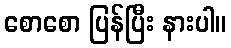
စောစော ပြန်ပြီး နားပါ။